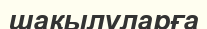
шақылуларға